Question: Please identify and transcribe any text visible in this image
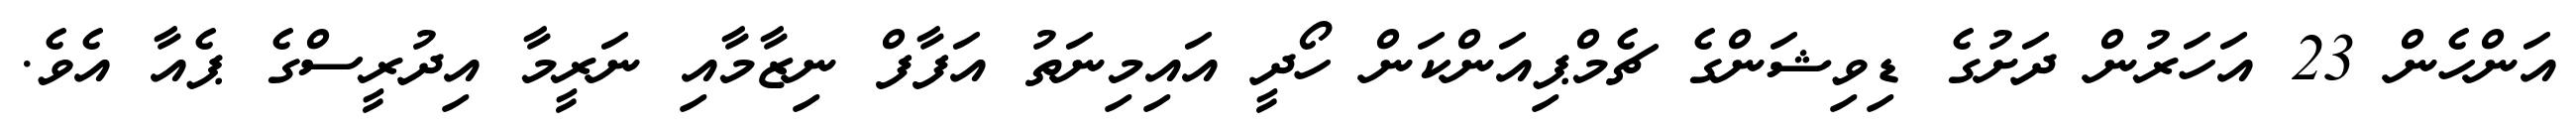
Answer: އަންހެން 23 އަހަރުން ދަށުގެ ޑިވިޝަންގެ ޗެމްޕިއަންކަން ހޯދީ އައިމިނަތު އަފާފް ނިޒާމާއި ނަރީމާ އިދުރީސްގެ ޕެއާ އެވެ.